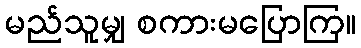
မည်သူမျှ စကားမပြောကြ။